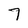
Character: 7